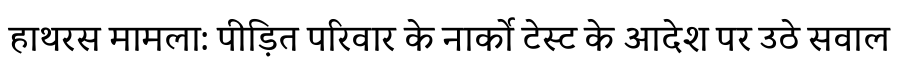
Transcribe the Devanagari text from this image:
हाथरस मामला: पीड़ित परिवार के नार्को टेस्ट के आदेश पर उठे सवाल